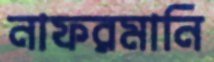
নাফরমানি